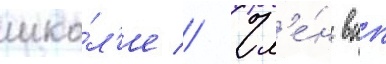
шко́л'е // Чл'е́н вкп